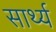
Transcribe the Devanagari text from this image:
सार्थ्य